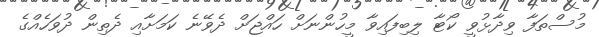
މުސްތަފާ ވިދާޅުވީ ކޯޓާ ލިބިފައިވާ މީހުންނަށް ހައްޖަށް ދެވޭނެ ކަމަށާއި ދެތިން ދުވަހެއްގެ